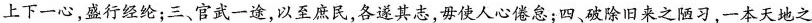
上下一心，盛行经纶；三、官武一途，以至庶民，各遂其志，毋使人心倦怠；四、破除旧来之陋习，一本天地之